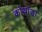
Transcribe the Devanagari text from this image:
कोथांडा